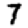
Digit: 7